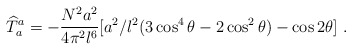
\begin{align*}{\widehat T}_{a}^{a}=-{N^2a^2 \over 4 \pi^2l^6}[a^2/l^2 (3\cos^4{\theta}-2\cos^2{\theta})-\cos{2\theta}]\ .\end{align*}